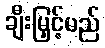
ချီးမြှင့်မည်